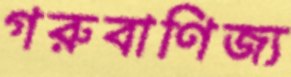
গরুবাণিজ্য